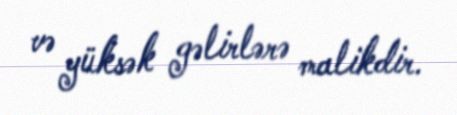
və yüksək gəlirlərə malikdir.